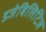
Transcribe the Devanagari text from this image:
डजेबिलिटिज